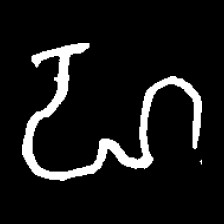
Pyu character \u2014 Myanmar letter: ဟ (romanized: ha)